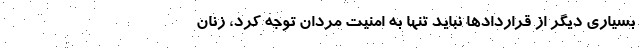
بسیاری دیگر از قراردادها نباید تنها به امنیت مردان توجه کرد، زنان